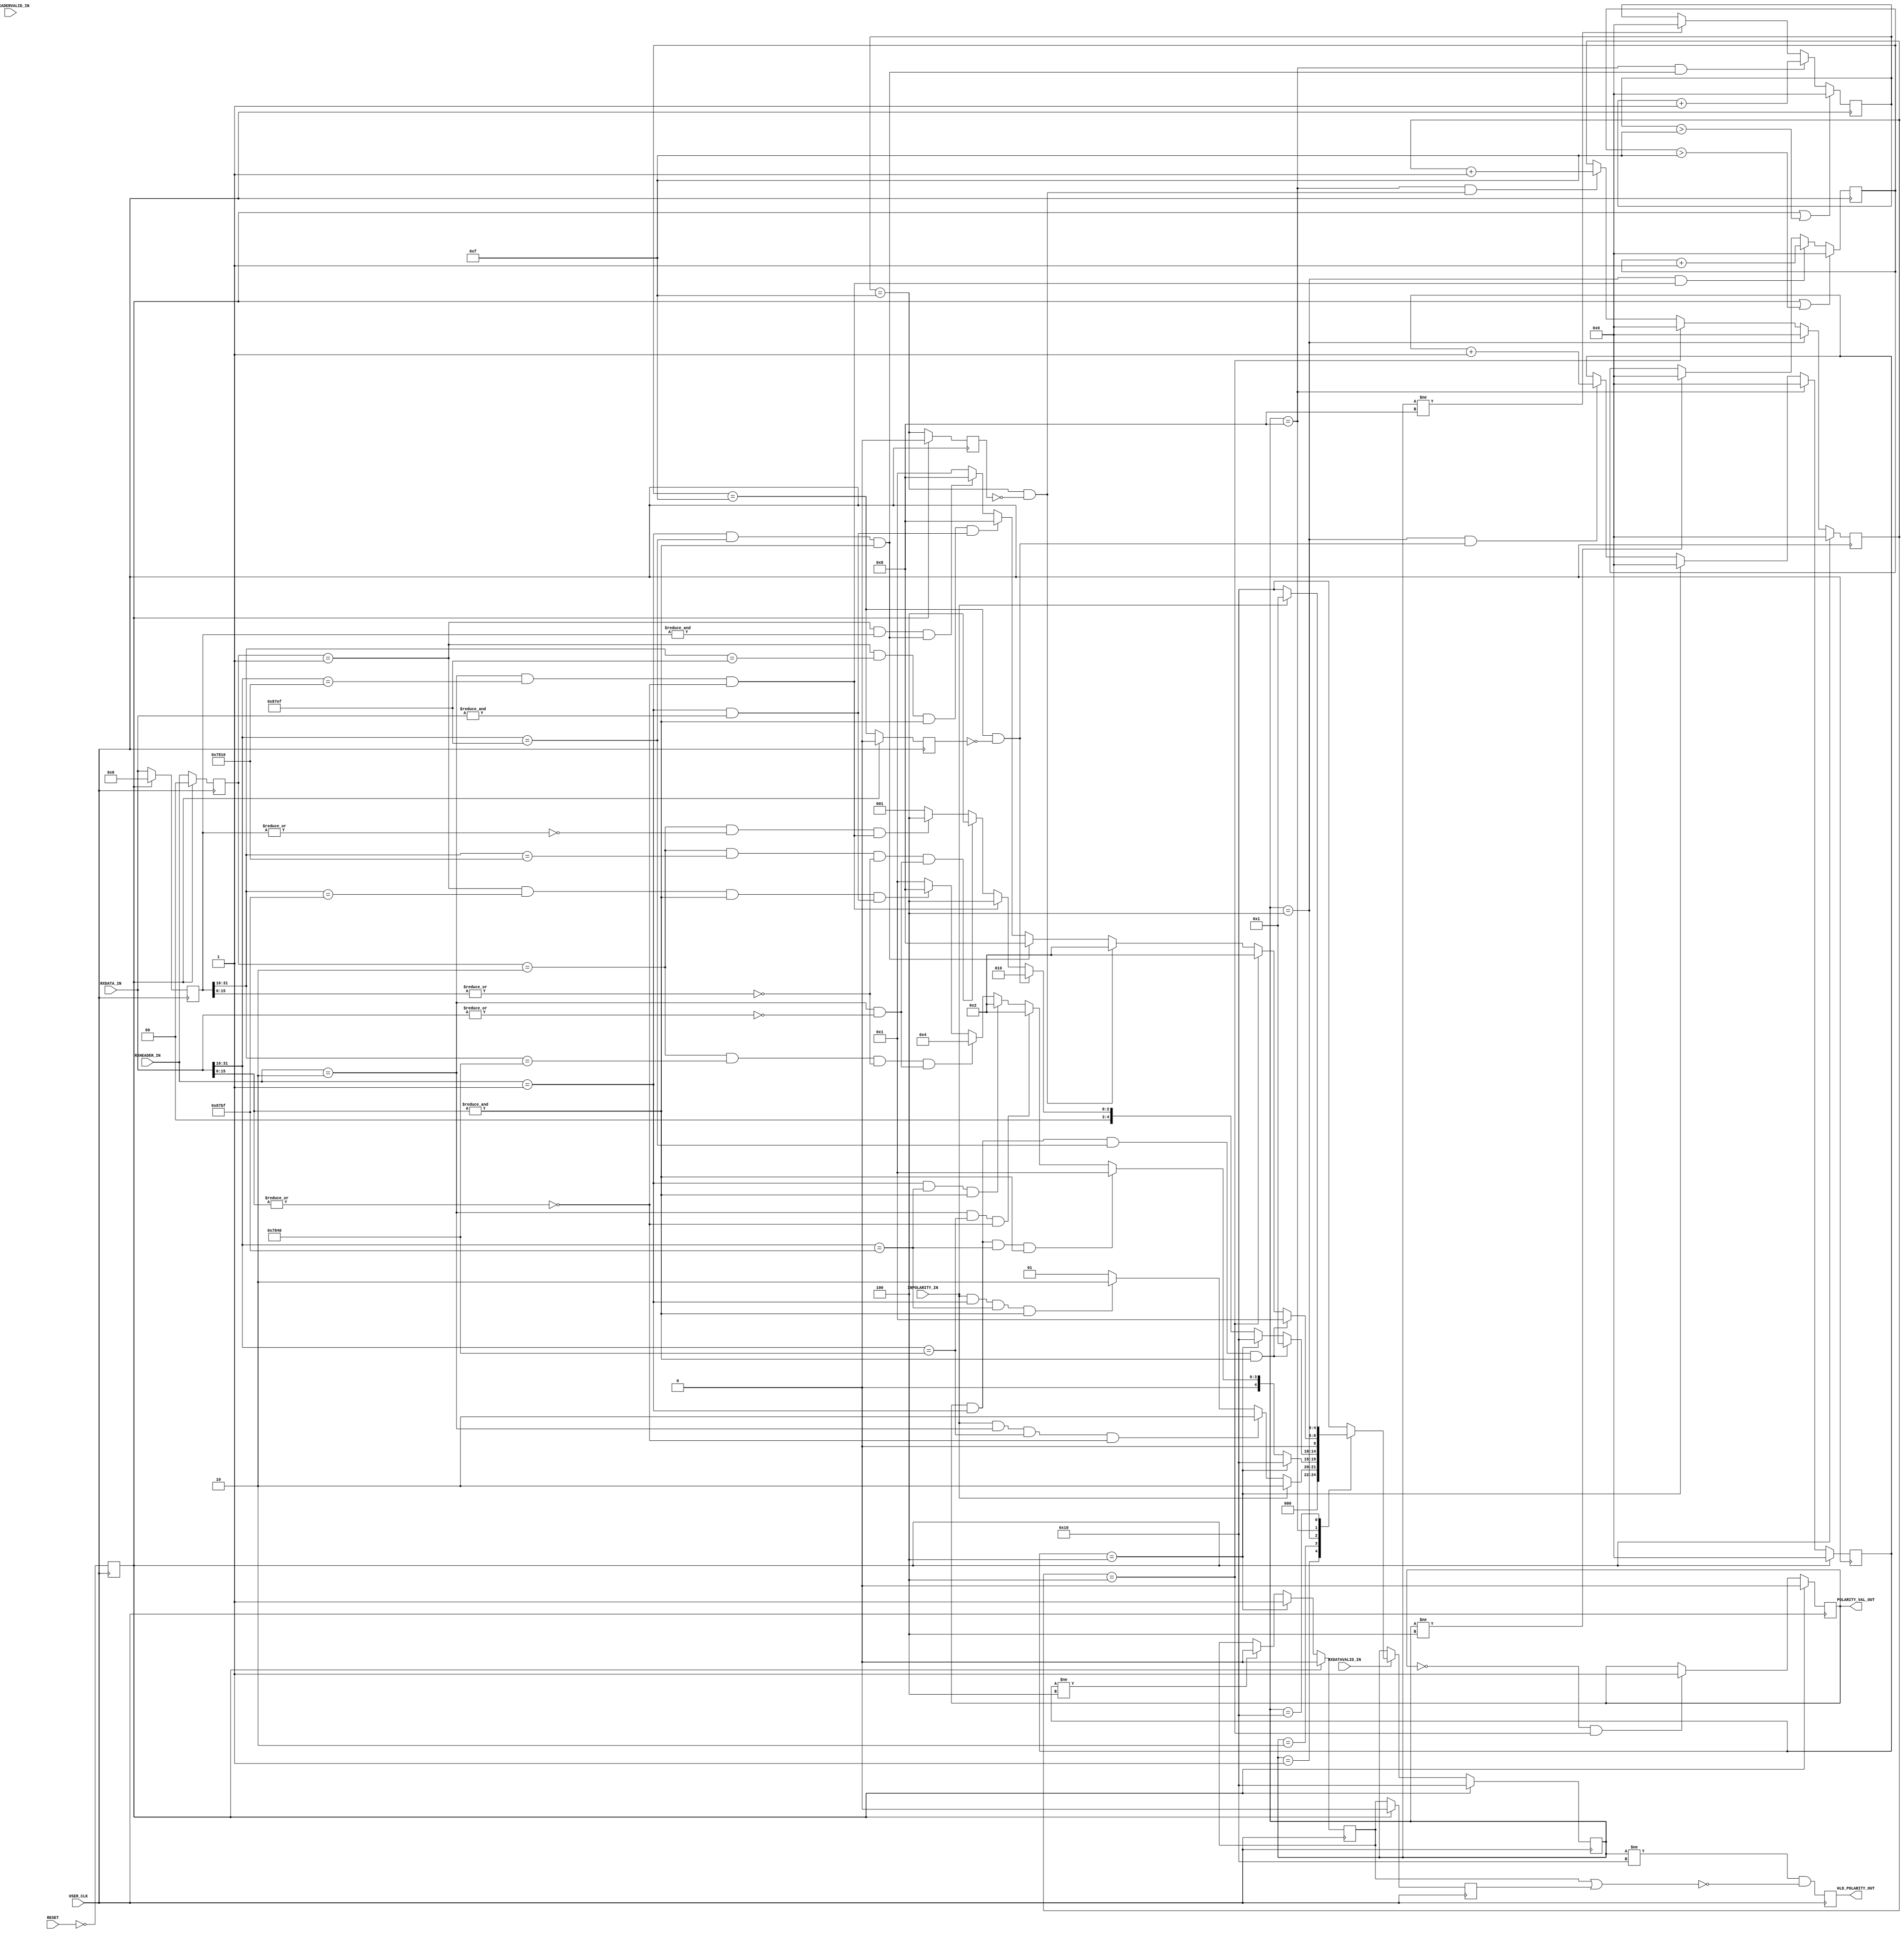
 ///////////////////////////////////////////////////////////////////////////////
 //
 // Project:  Aurora 64B/66B
 // Company:  Xilinx
 //
 //
 //
 // (c) Copyright 2008 - 2014 Xilinx, Inc. All rights reserved.
 //
 // This file contains confidential and proprietary information
 // of Xilinx, Inc. and is protected under U.S. and
 // international copyright and other intellectual property
 // laws.
 //
 // DISCLAIMER
 // This disclaimer is not a license and does not grant any
 // rights to the materials distributed herewith. Except as
 // otherwise provided in a valid license issued to you by
 // Xilinx, and to the maximum extent permitted by applicable
 // law: (1) THESE MATERIALS ARE MADE AVAILABLE "AS IS" AND
 // WITH ALL FAULTS, AND XILINX HEREBY DISCLAIMS ALL WARRANTIES
 // AND CONDITIONS, EXPRESS, IMPLIED, OR STATUTORY, INCLUDING
 // BUT NOT LIMITED TO WARRANTIES OF MERCHANTABILITY, NON-
 // INFRINGEMENT, OR FITNESS FOR ANY PARTICULAR PURPOSE; and
 // (2) Xilinx shall not be liable (whether in contract or tort,
 // including negligence, or under any other theory of
 // liability) for any loss or damage of any kind or nature
 // related to, arising under or in connection with these
 // materials, including for any direct, or any indirect,
 // special, incidental, or consequential loss or damage
 // (including loss of data, profits, goodwill, or any type of
 // loss or damage suffered as a result of any action brought
 // by a third party) even if such damage or loss was
 // reasonably foreseeable or Xilinx had been advised of the
 // possibility of the same.
 //
 // CRITICAL APPLICATIONS
 // Xilinx products are not designed or intended to be fail-
 // safe, or for use in any application requiring fail-safe
 // performance, such as life-support or safety devices or
 // systems, Class III medical devices, nuclear facilities,
 // applications related to the deployment of airbags, or any
 // other applications that could lead to death, personal
 // injury, or severe property or environmental damage
 // (individually and collectively, "Critical
 // Applications"). Customer assumes the sole risk and
 // liability of any use of Xilinx products in Critical
 // Applications, subject only to applicable laws and
 // regulations governing limitations on product liability.
 //
 // THIS COPYRIGHT NOTICE AND DISCLAIMER MUST BE RETAINED AS
 // PART OF THIS FILE AT ALL TIMES.

 //
 //
 ////////////////////////////////////////////////////////////////////////////////
 // Company: Xilinx
// 
// Design Name: 
// Module Name: aurora_POLARITY_CHECK
// Project Name: 
// Target Devices: 
// Tool Versions: 
// Description: 
// 
// Dependencies: 
// 
// Revision:
// Revision 0.01 - File Created
// Additional Comments:
`timescale 1 ps / 1 ps
`define DLY #5
   (* core_generation_info = "aurora_64b66b_0,aurora_64b66b_v11_2_4,{c_aurora_lanes=1,c_column_used=right,c_gt_clock_1=GTXQ1,c_gt_clock_2=None,c_gt_loc_1=X,c_gt_loc_10=X,c_gt_loc_11=X,c_gt_loc_12=X,c_gt_loc_13=X,c_gt_loc_14=X,c_gt_loc_15=X,c_gt_loc_16=X,c_gt_loc_17=X,c_gt_loc_18=X,c_gt_loc_19=X,c_gt_loc_2=X,c_gt_loc_20=X,c_gt_loc_21=X,c_gt_loc_22=X,c_gt_loc_23=X,c_gt_loc_24=X,c_gt_loc_25=X,c_gt_loc_26=X,c_gt_loc_27=X,c_gt_loc_28=X,c_gt_loc_29=X,c_gt_loc_3=X,c_gt_loc_30=X,c_gt_loc_31=X,c_gt_loc_32=X,c_gt_loc_33=X,c_gt_loc_34=X,c_gt_loc_35=X,c_gt_loc_36=X,c_gt_loc_37=X,c_gt_loc_38=X,c_gt_loc_39=X,c_gt_loc_4=X,c_gt_loc_40=X,c_gt_loc_41=X,c_gt_loc_42=X,c_gt_loc_43=X,c_gt_loc_44=X,c_gt_loc_45=X,c_gt_loc_46=X,c_gt_loc_47=X,c_gt_loc_48=X,c_gt_loc_5=1,c_gt_loc_6=X,c_gt_loc_7=X,c_gt_loc_8=X,c_gt_loc_9=X,c_lane_width=4,c_line_rate=3.125,c_gt_type=gtx,c_qpll=false,c_nfc=false,c_nfc_mode=IMM,c_refclk_frequency=156.25,c_simplex=false,c_simplex_mode=TX,c_stream=false,c_ufc=false,c_user_k=false,flow_mode=None,interface_mode=Framing,dataflow_config=Duplex}" *)
(* DowngradeIPIdentifiedWarnings="yes" *)
 module aurora_64b66b_0_POLARITY_CHECK #
(

    parameter SIZE = 5,
    parameter SEQ_COUNT = 4,
    parameter INTER_CB_GAP = 15,
    parameter NO_CB_ST = 5'b00001, CB_ST = 5'b00010, IDLE_ST = 5'b00100, INV_IDLE_ST = 5'b01000, NO_POL_ST = 5'b10000,
    parameter CB_BTF = 16'h7840,
    parameter IDLE_BTF = 16'h7810,
    parameter INV_CB_BTF = 16'h87BF,
    parameter INV_IDLE_BTF = 16'h87EF  

)
(
// -----------------------------------------------&&&&&&&
INPOLARITY_IN,                   
HLD_POLARITY_OUT,                  
POLARITY_VAL_OUT,                 
RXHEADER_IN,                   
RXHEADERVALID_IN,             
RXDATA_IN,                     
RXDATAVALID_IN,              
USER_CLK,                      
RESET                         
// -----------------------------------------------&&&&&&&
);

// -----------------------------------------------&&&&&&&
 input         INPOLARITY_IN;                   
 output        HLD_POLARITY_OUT;                  
 output        POLARITY_VAL_OUT;                 
 input  [ 1:0] RXHEADER_IN;                   
 input         RXHEADERVALID_IN;             
 input  [31:0] RXDATA_IN;                     
 input         RXDATAVALID_IN;              
 input         USER_CLK;                      
 input         RESET; 
// -----------------------------------------------&&&&&&&
// -----------------------------------------------&&&&&&&

    wire           POLARITY_IN = INPOLARITY_IN; // Assignment and declaration due to Ver 2001
    reg [SIZE-1:0] pol_state;
    reg [SIZE-1:0] nxt_pol_state;

   (* shift_extract = "{no}" *) reg        HLD_POLARITY_OUT;
    reg [31:0] prv_RXDATA_IN;
    reg [1:0]  prv_RXHEADER_IN;

    reg       reset_r;
    reg       cur_polarity;

    reg [7:0] pol_count;
    reg [7:0] inv_pol_count;

    reg [0:0] pol_count_r;
    reg [0:0] pol_count_r2;

    reg [7:0] idl_count;
    reg [7:0] inv_idl_count;

    reg [0:0] idl_count_r;
    wire      idl_count_i;
    wire      idl_count_j; // posedge
    reg [0:0] inv_idl_count_r;
    wire      inv_idl_count_i;
    wire      inv_idl_count_j; // posedge

// -----------------------------------------------&&&&&&&
// -----------------------------------------------&&&&&&&

    always @(posedge USER_CLK)
    begin
      HLD_POLARITY_OUT <= ((pol_state != NO_POL_ST) & !(pol_count_r | pol_count_r2));
    end

    assign POLARITY_VAL_OUT = cur_polarity;
     

    // Variables for use
    always @(posedge USER_CLK)
          reset_r <= `DLY !RESET;

    always @(posedge USER_CLK)
      if ( reset_r)
          prv_RXDATA_IN <= `DLY 32'h0;
      else   
          prv_RXDATA_IN <= `DLY RXDATA_IN;

    always @(posedge USER_CLK)
      if ( reset_r)
          prv_RXHEADER_IN <= `DLY 2'h0;
      else   
          prv_RXHEADER_IN <= `DLY RXHEADER_IN;

    always @(posedge USER_CLK)
      if ( reset_r)
          cur_polarity <= `DLY 1'h0;
      // Add lane init fsm's polarity as gater
      else if (!cur_polarity && (inv_pol_count == SEQ_COUNT))  
          cur_polarity <= `DLY 1'b1;
      else   
          cur_polarity <= `DLY cur_polarity;

    // SEQUENCE COUNTERS
    always @(posedge USER_CLK)
      if ( reset_r)
          pol_count <= `DLY 8'h0;
      else if (pol_state == INV_IDLE_ST)  
          pol_count <= `DLY 8'h0;
      else if (pol_count == SEQ_COUNT)  
          pol_count <= `DLY 8'h0;
      else if ((pol_state == IDLE_ST) && idl_count_j)  
          pol_count <= `DLY pol_count + 1'b1;
      else   
          pol_count <= `DLY pol_count;

    always @(posedge USER_CLK)
      if ( reset_r)
          inv_pol_count <= `DLY 8'h0;
      else if (pol_state == IDLE_ST)  
          inv_pol_count <= `DLY 8'h0;
      else if (inv_pol_count == SEQ_COUNT)  
          inv_pol_count <= `DLY 8'h0;
      else if ((pol_state == INV_IDLE_ST) && inv_idl_count_j)  
          inv_pol_count <= `DLY inv_pol_count + 1'b1;
      else   
          inv_pol_count <= `DLY inv_pol_count;

    // INTRA-SEQUENCE COUNTERS

    // MAS - Check spillover 
    always @(posedge USER_CLK)
      if ( reset_r || (idl_count > INTER_CB_GAP))
          idl_count <= `DLY 8'h0;
      else if ((pol_state == IDLE_ST) && ((RXHEADER_IN == 2'b10) && (RXDATA_IN[31:16] == IDLE_BTF) && (|RXDATA_IN[15:0] == 1'b0)))  
          idl_count <= `DLY idl_count + 1'b1;
      else if (pol_state != IDLE_ST)  
          idl_count <= `DLY 8'h0;

    assign idl_count_i = (idl_count == INTER_CB_GAP);
    assign idl_count_j = idl_count_i & !idl_count_r;

    always @(posedge USER_CLK)
      if ( reset_r)
          idl_count_r <= `DLY 1'h0;
      else   
          idl_count_r <= `DLY idl_count_i;

    always @(posedge USER_CLK)
      if ( reset_r || (inv_idl_count > INTER_CB_GAP))
          inv_idl_count <= `DLY 8'h0;
      else if ((pol_state == INV_IDLE_ST) && ((RXHEADER_IN == 2'b01) && (RXDATA_IN[31:16] == INV_IDLE_BTF) && (&RXDATA_IN[15:0] == 1'b1)))  
          inv_idl_count <= `DLY inv_idl_count + 1'b1;
      else if (pol_state != INV_IDLE_ST)  
          inv_idl_count <= `DLY 8'h0;

    assign inv_idl_count_i = (inv_idl_count == INTER_CB_GAP);
    assign inv_idl_count_j = inv_idl_count_i & !inv_idl_count_r;

    always @(posedge USER_CLK)
      if ( reset_r)
          inv_idl_count_r <= `DLY 1'h0;
      else   
          inv_idl_count_r <= `DLY inv_idl_count_i;

    // Done Pulse extension circuit  
    always @(posedge USER_CLK)
      if ( reset_r)
          pol_count_r <= `DLY 1'b0;
      else if (pol_count == SEQ_COUNT)   
          pol_count_r <= `DLY 1'b1;
      else if (pol_count != SEQ_COUNT)   
          pol_count_r <= `DLY 1'b0;

    always @(posedge USER_CLK)
      if ( reset_r)
          pol_count_r2 <= `DLY 1'b0;
      else   
          pol_count_r2 <= `DLY pol_count_r;

    // FSM implementation  
    always @(posedge USER_CLK)
      if ( reset_r)
          pol_state <= `DLY NO_POL_ST;
      else if (RXDATAVALID_IN)   
          pol_state <= `DLY nxt_pol_state;

     always @(*)
     begin
       nxt_pol_state = NO_POL_ST;  
       if ( reset_r)
           nxt_pol_state = NO_POL_ST;
       else
         case (pol_state)
           NO_CB_ST:
               if (POLARITY_IN)
                   nxt_pol_state = CB_ST;
               // Below 2 only for GTH
               else if (POLARITY_IN && (RXHEADER_IN == 2'b10) && (RXDATA_IN[31:16] == CB_BTF) && (|RXDATA_IN[15:0] == 1'b0))
                   nxt_pol_state = CB_ST;
               else if (POLARITY_IN && (RXHEADER_IN == 2'b01) && (RXDATA_IN[31:16] == INV_CB_BTF) && (&RXDATA_IN[15:0] == 1'b1))
                   nxt_pol_state = CB_ST;
               else
                   nxt_pol_state = NO_CB_ST;
           CB_ST:

               // PASS CONDITION
               if (pol_count == SEQ_COUNT)
                   nxt_pol_state = NO_POL_ST;
               // Fail condition
               else if (cur_polarity && (RXHEADER_IN == 2'b01) && (RXDATA_IN[31:16] == INV_CB_BTF) && (&RXDATA_IN[15:0] == 1'b1))
                   nxt_pol_state = NO_CB_ST;

               // Check 
               else if ((RXHEADER_IN == 2'b10) && (RXDATA_IN[31:16] == CB_BTF) && (|RXDATA_IN[15:0] == 1'b0))
                   nxt_pol_state = CB_ST;
               else if ((RXHEADER_IN == 2'b01) && (RXDATA_IN[31:16] == INV_CB_BTF) && (&RXDATA_IN[15:0] == 1'b1))
                   nxt_pol_state = CB_ST;
               else if (((prv_RXHEADER_IN == 2'b10) && (prv_RXDATA_IN[31:16] == CB_BTF) && (|prv_RXDATA_IN[15:0] == 1'b0)) && ((RXHEADER_IN == 2'b10) && (|RXDATA_IN[31:0] == 1'b0)))
                   nxt_pol_state = IDLE_ST;
               else if (((prv_RXHEADER_IN == 2'b01) && (prv_RXDATA_IN[31:16] == INV_CB_BTF) && (&RXDATA_IN[15:0] == 1'b1)) && ((RXHEADER_IN == 2'b01) && (&RXDATA_IN[31:0] == 1'b1)))
                   nxt_pol_state = INV_IDLE_ST;
               else
                   nxt_pol_state = NO_CB_ST;

           IDLE_ST:
               // Fail condition
               if (cur_polarity && (RXHEADER_IN == 2'b01) && (RXDATA_IN[31:16] == INV_IDLE_BTF) && (&RXDATA_IN[15:0] == 1'b1))
                   nxt_pol_state = NO_CB_ST;

               // Exit 
               else if (pol_count == SEQ_COUNT)
                   nxt_pol_state = NO_POL_ST;
               else if (idl_count_j)
                   nxt_pol_state = CB_ST;

               // Check 
               else if ((RXHEADER_IN == 2'b10) && (RXDATA_IN[31:16] == IDLE_BTF) && (|RXDATA_IN[15:0] == 1'b0))
                   nxt_pol_state = IDLE_ST;
               else if (((prv_RXHEADER_IN == 2'b10) && (prv_RXDATA_IN[31:16] == IDLE_BTF) && (|prv_RXDATA_IN[15:0] == 1'b0)) && ((RXHEADER_IN == 2'b10) && (|RXDATA_IN[31:0] == 1'b0)))
                   nxt_pol_state = IDLE_ST;
               else if (((prv_RXHEADER_IN == 2'b10) && (|prv_RXDATA_IN[31:0] == 1'b0)) && ((RXHEADER_IN == 2'b10) && (RXDATA_IN[31:16] == IDLE_BTF) && (|RXDATA_IN[15:0] == 1'b0)))
                   nxt_pol_state = IDLE_ST;
               else
                   nxt_pol_state = NO_CB_ST;

           INV_IDLE_ST:
               // Fail condition
               if (cur_polarity && (RXHEADER_IN == 2'b01) && (RXDATA_IN[31:16] == INV_IDLE_BTF) && (&RXDATA_IN[15:0] == 1'b1))
                   nxt_pol_state = NO_CB_ST;

               // Exit 
               else if (inv_pol_count == SEQ_COUNT)
                   nxt_pol_state = CB_ST;
               else if (inv_idl_count_j)
                   nxt_pol_state = CB_ST;

               // Check 
               else if ((RXHEADER_IN == 2'b01) && (RXDATA_IN[31:16] == INV_IDLE_BTF) && (&RXDATA_IN[15:0] == 1'b1))
                   nxt_pol_state = INV_IDLE_ST;
               else if (((prv_RXHEADER_IN == 2'b01) && (prv_RXDATA_IN[31:16] == INV_IDLE_BTF) && (&RXDATA_IN[15:0] == 1'b1)) && ((RXHEADER_IN == 2'b01) && (&RXDATA_IN[31:0] == 1'b1)))
                   nxt_pol_state = INV_IDLE_ST;
               else if (((prv_RXHEADER_IN == 2'b01) && (&prv_RXDATA_IN[31:0] == 1'b1)) && ((RXHEADER_IN == 2'b01) && (RXDATA_IN[31:16] == INV_IDLE_BTF) && (&RXDATA_IN[15:0] == 1'b1)))
                   nxt_pol_state = INV_IDLE_ST;
               else
                   nxt_pol_state = NO_CB_ST;

           NO_POL_ST:
               if (POLARITY_IN)
                   nxt_pol_state = NO_CB_ST;
               else
                   nxt_pol_state = NO_POL_ST;

           default:
              nxt_pol_state = NO_POL_ST;
         endcase
     end

// -----------------------------------------------&&&&&&&

endmodule